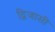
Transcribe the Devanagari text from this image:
द्विजासी